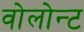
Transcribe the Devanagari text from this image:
वोलोन्ट